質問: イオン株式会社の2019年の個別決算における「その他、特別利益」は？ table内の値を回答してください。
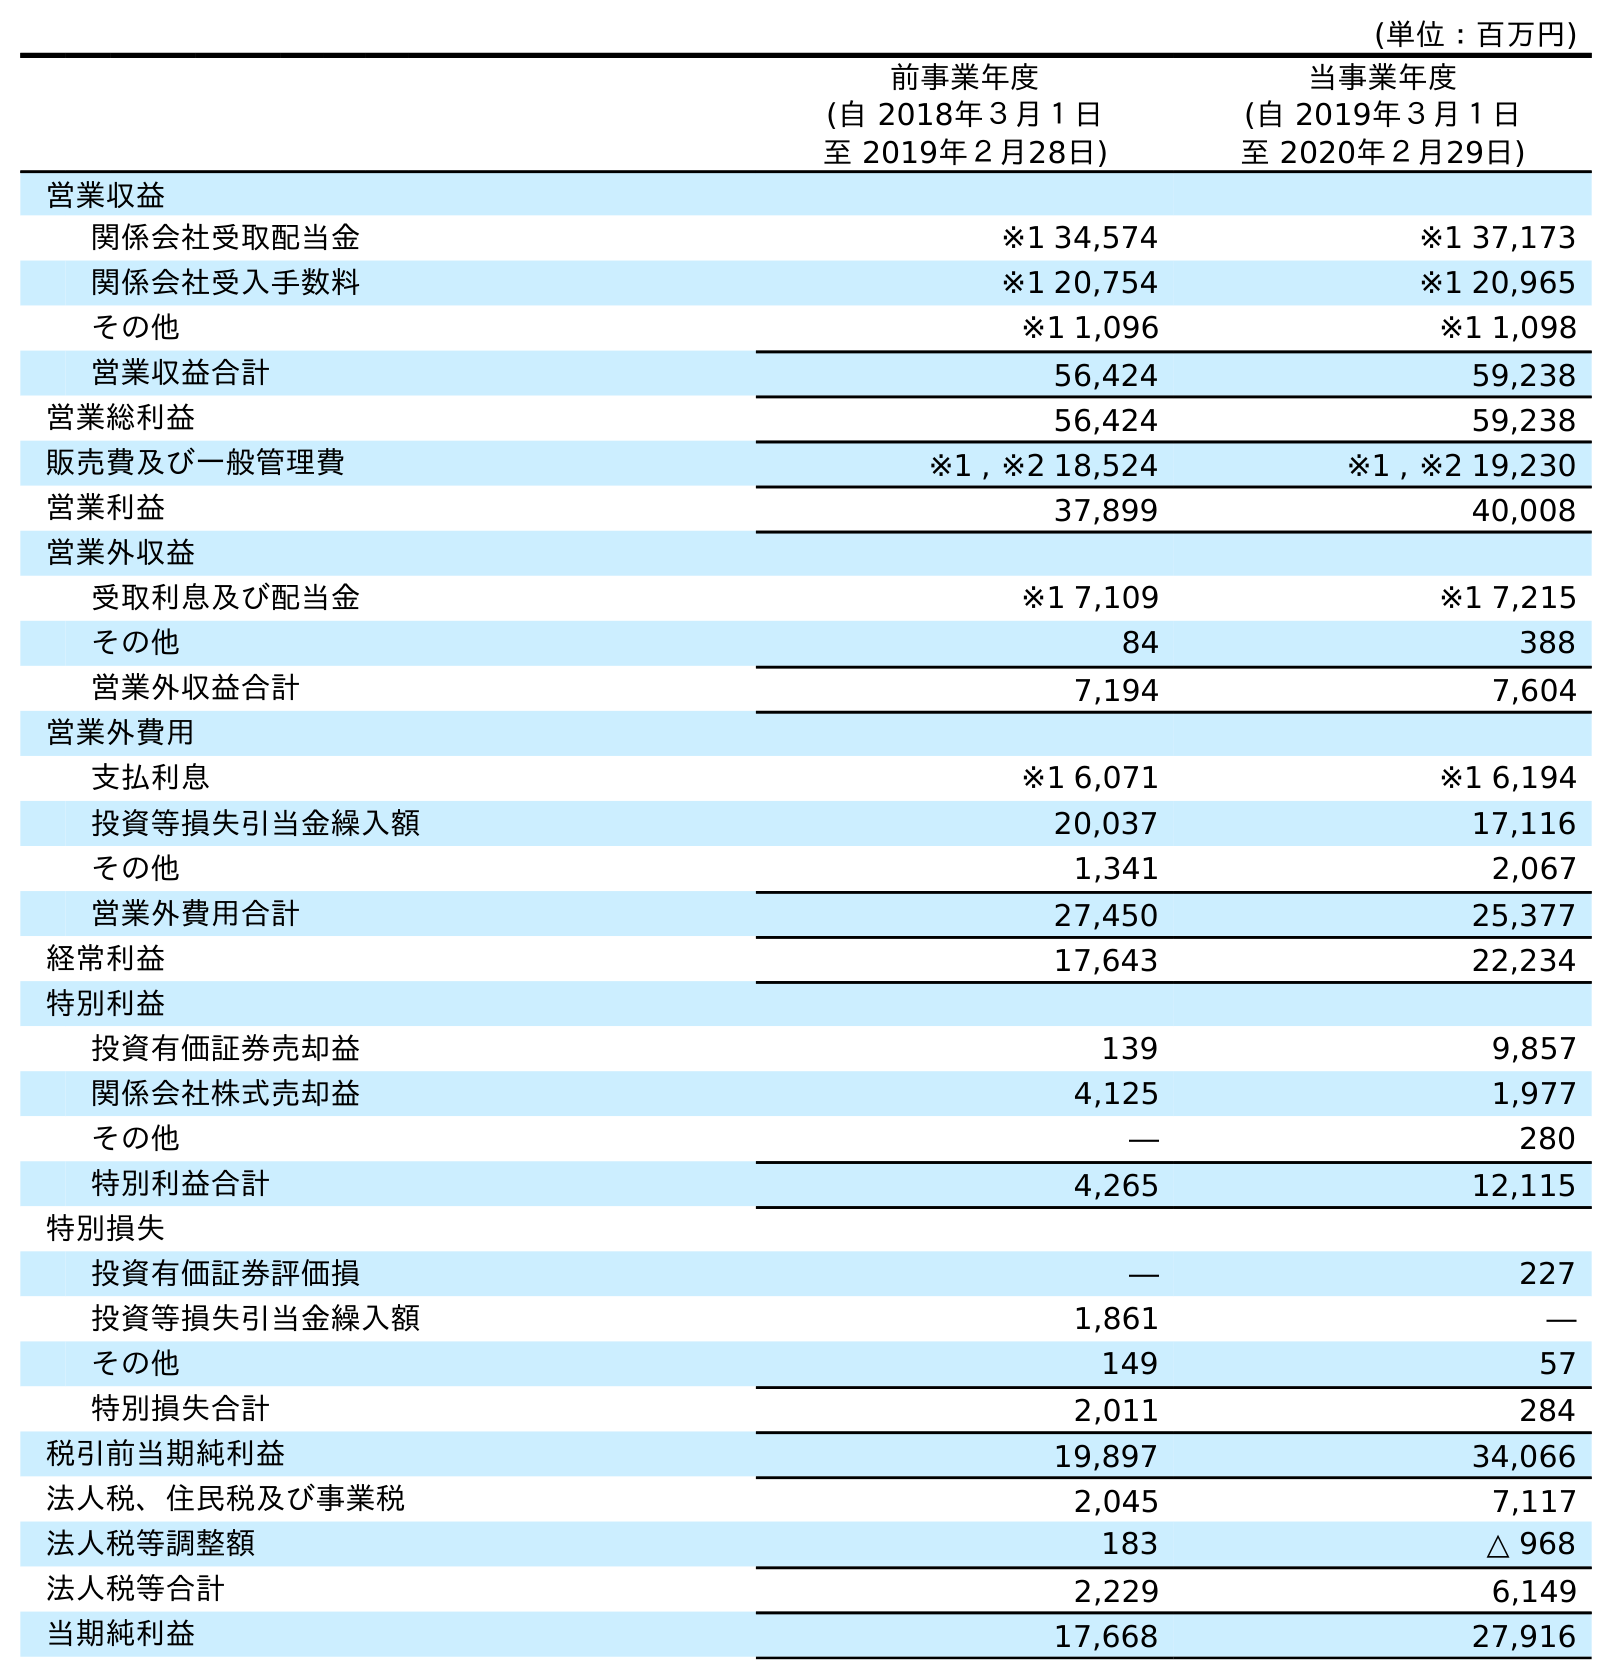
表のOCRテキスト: (単位：百万円) 前事業年度 (自 2018年３月１日 至 2019年２月28日) 当事業年度 (自 2019年３月１日 至 2020年２月29日) 営業収益 関係会社受取配当金 ※1 34,574 ※1 37,173 関係会社受入手数料 ※1 20,754 ※1 20,965 その他 ※1 1,096 ※1 1,098 営業収益合計 56,424 59,238 営業総利益 56,424 59,238 販売費及び一般管理費 ※1 , ※2 18,524 ※1 , ※2 19,230 営業利益 37,899 40,008 営業外収益 受取利息及び配当金 ※1 7,109 ※1 7,215 その他 84 388 営業外収益合計 7,194 7,604 営業外費用 支払利息 ※1 6,071 ※1 6,194 投資等損失引当金繰入額 20,037 17,116 その他 1,341 2,067 営業外費用合計 27,450 25,377 経常利益 17,643 22,234 特別利益 投資有価証券売却益 139 9,857 関係会社株式売却益 4,125 1,977 その他 ― 280 特別利益合計 4,265 12,115 特別損失 投資有価証券評価損 ― 227 投資等損失引当金繰入額 1,861 ― その他 149 57 特別損失合計 2,011 284 税引前当期純利益 19,897 34,066 法人税、住民税及び事業税 2,045 7,117 法人税等調整額 183 △ 968 法人税等合計 2,229 6,149 当期純利益 17,668 27,916
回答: ―